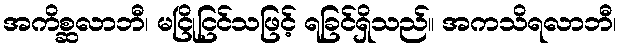
အကိစ္ဆလာဘီ၊ မငြိုငြင်သဖြင့် ရခြင်ရှိသည်။ အကသိရလာဘီ၊